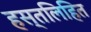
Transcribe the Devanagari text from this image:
हस्तलिहित